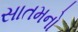
સાતમનો